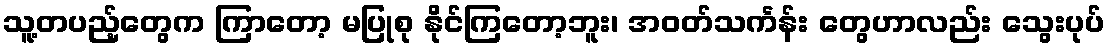
သူ့တပည့်တွေက ကြာတော့ မပြုစု နိုင်ကြတော့ဘူး၊ အဝတ်သင်္ကန်း တွေဟာလည်း သွေးပုပ်